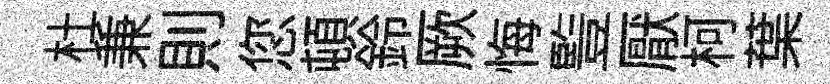
杜兼則您頓鈴厥悔䜿厭柯葉